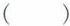
()